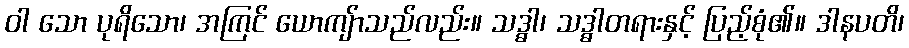
ဝါ သော ပုရိသော၊ အကြင် ယောကျ်ာသည်လည်း။ သဒ္ဓါ၊ သဒ္ဓါတရားနှင့် ပြည့်စုံ၏။ ဒါနပတိ၊